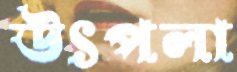
উৎপলা